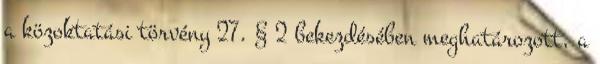
a közoktatási törvény 27. § 2 bekezdésében meghatározott, a